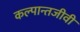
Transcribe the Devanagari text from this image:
कल्पान्तजीवी